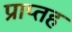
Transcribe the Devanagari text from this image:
प्राप्तह